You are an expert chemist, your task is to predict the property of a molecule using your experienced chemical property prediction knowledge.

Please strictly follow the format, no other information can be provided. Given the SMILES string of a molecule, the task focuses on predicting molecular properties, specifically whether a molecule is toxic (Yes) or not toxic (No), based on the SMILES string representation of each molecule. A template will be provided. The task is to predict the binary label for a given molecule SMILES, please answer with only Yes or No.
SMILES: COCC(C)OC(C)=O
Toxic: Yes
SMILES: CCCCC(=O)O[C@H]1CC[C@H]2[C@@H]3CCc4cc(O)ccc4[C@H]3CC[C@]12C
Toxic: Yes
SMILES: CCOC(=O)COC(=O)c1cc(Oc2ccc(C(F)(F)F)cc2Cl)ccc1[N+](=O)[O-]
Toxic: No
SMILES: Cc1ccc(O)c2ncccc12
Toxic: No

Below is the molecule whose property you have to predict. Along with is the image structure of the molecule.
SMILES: CC1=C(/C=C/C(C)=C/C=C/C(C)=C\C=O)C(C)(C)CCC1
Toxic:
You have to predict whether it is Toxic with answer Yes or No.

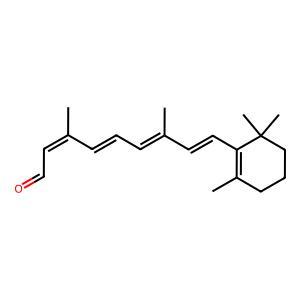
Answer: No